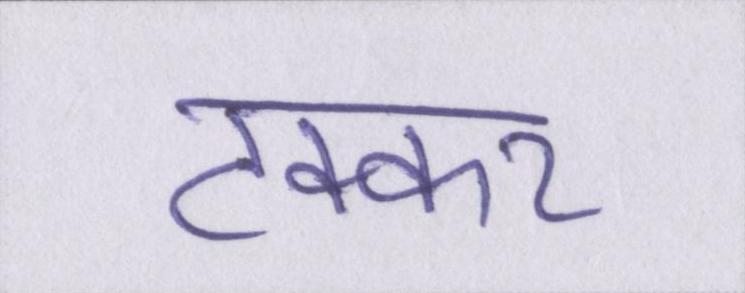
टक्कर